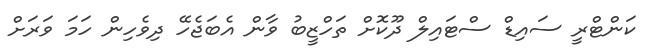
ކަންޓްރީ ސައިޑް ސްޓައިލް ދޫކޮށް ތަހްޒީބު ވާން އެބަޖެހޭ ދިވެހިން ހަމަ ވަރަށް